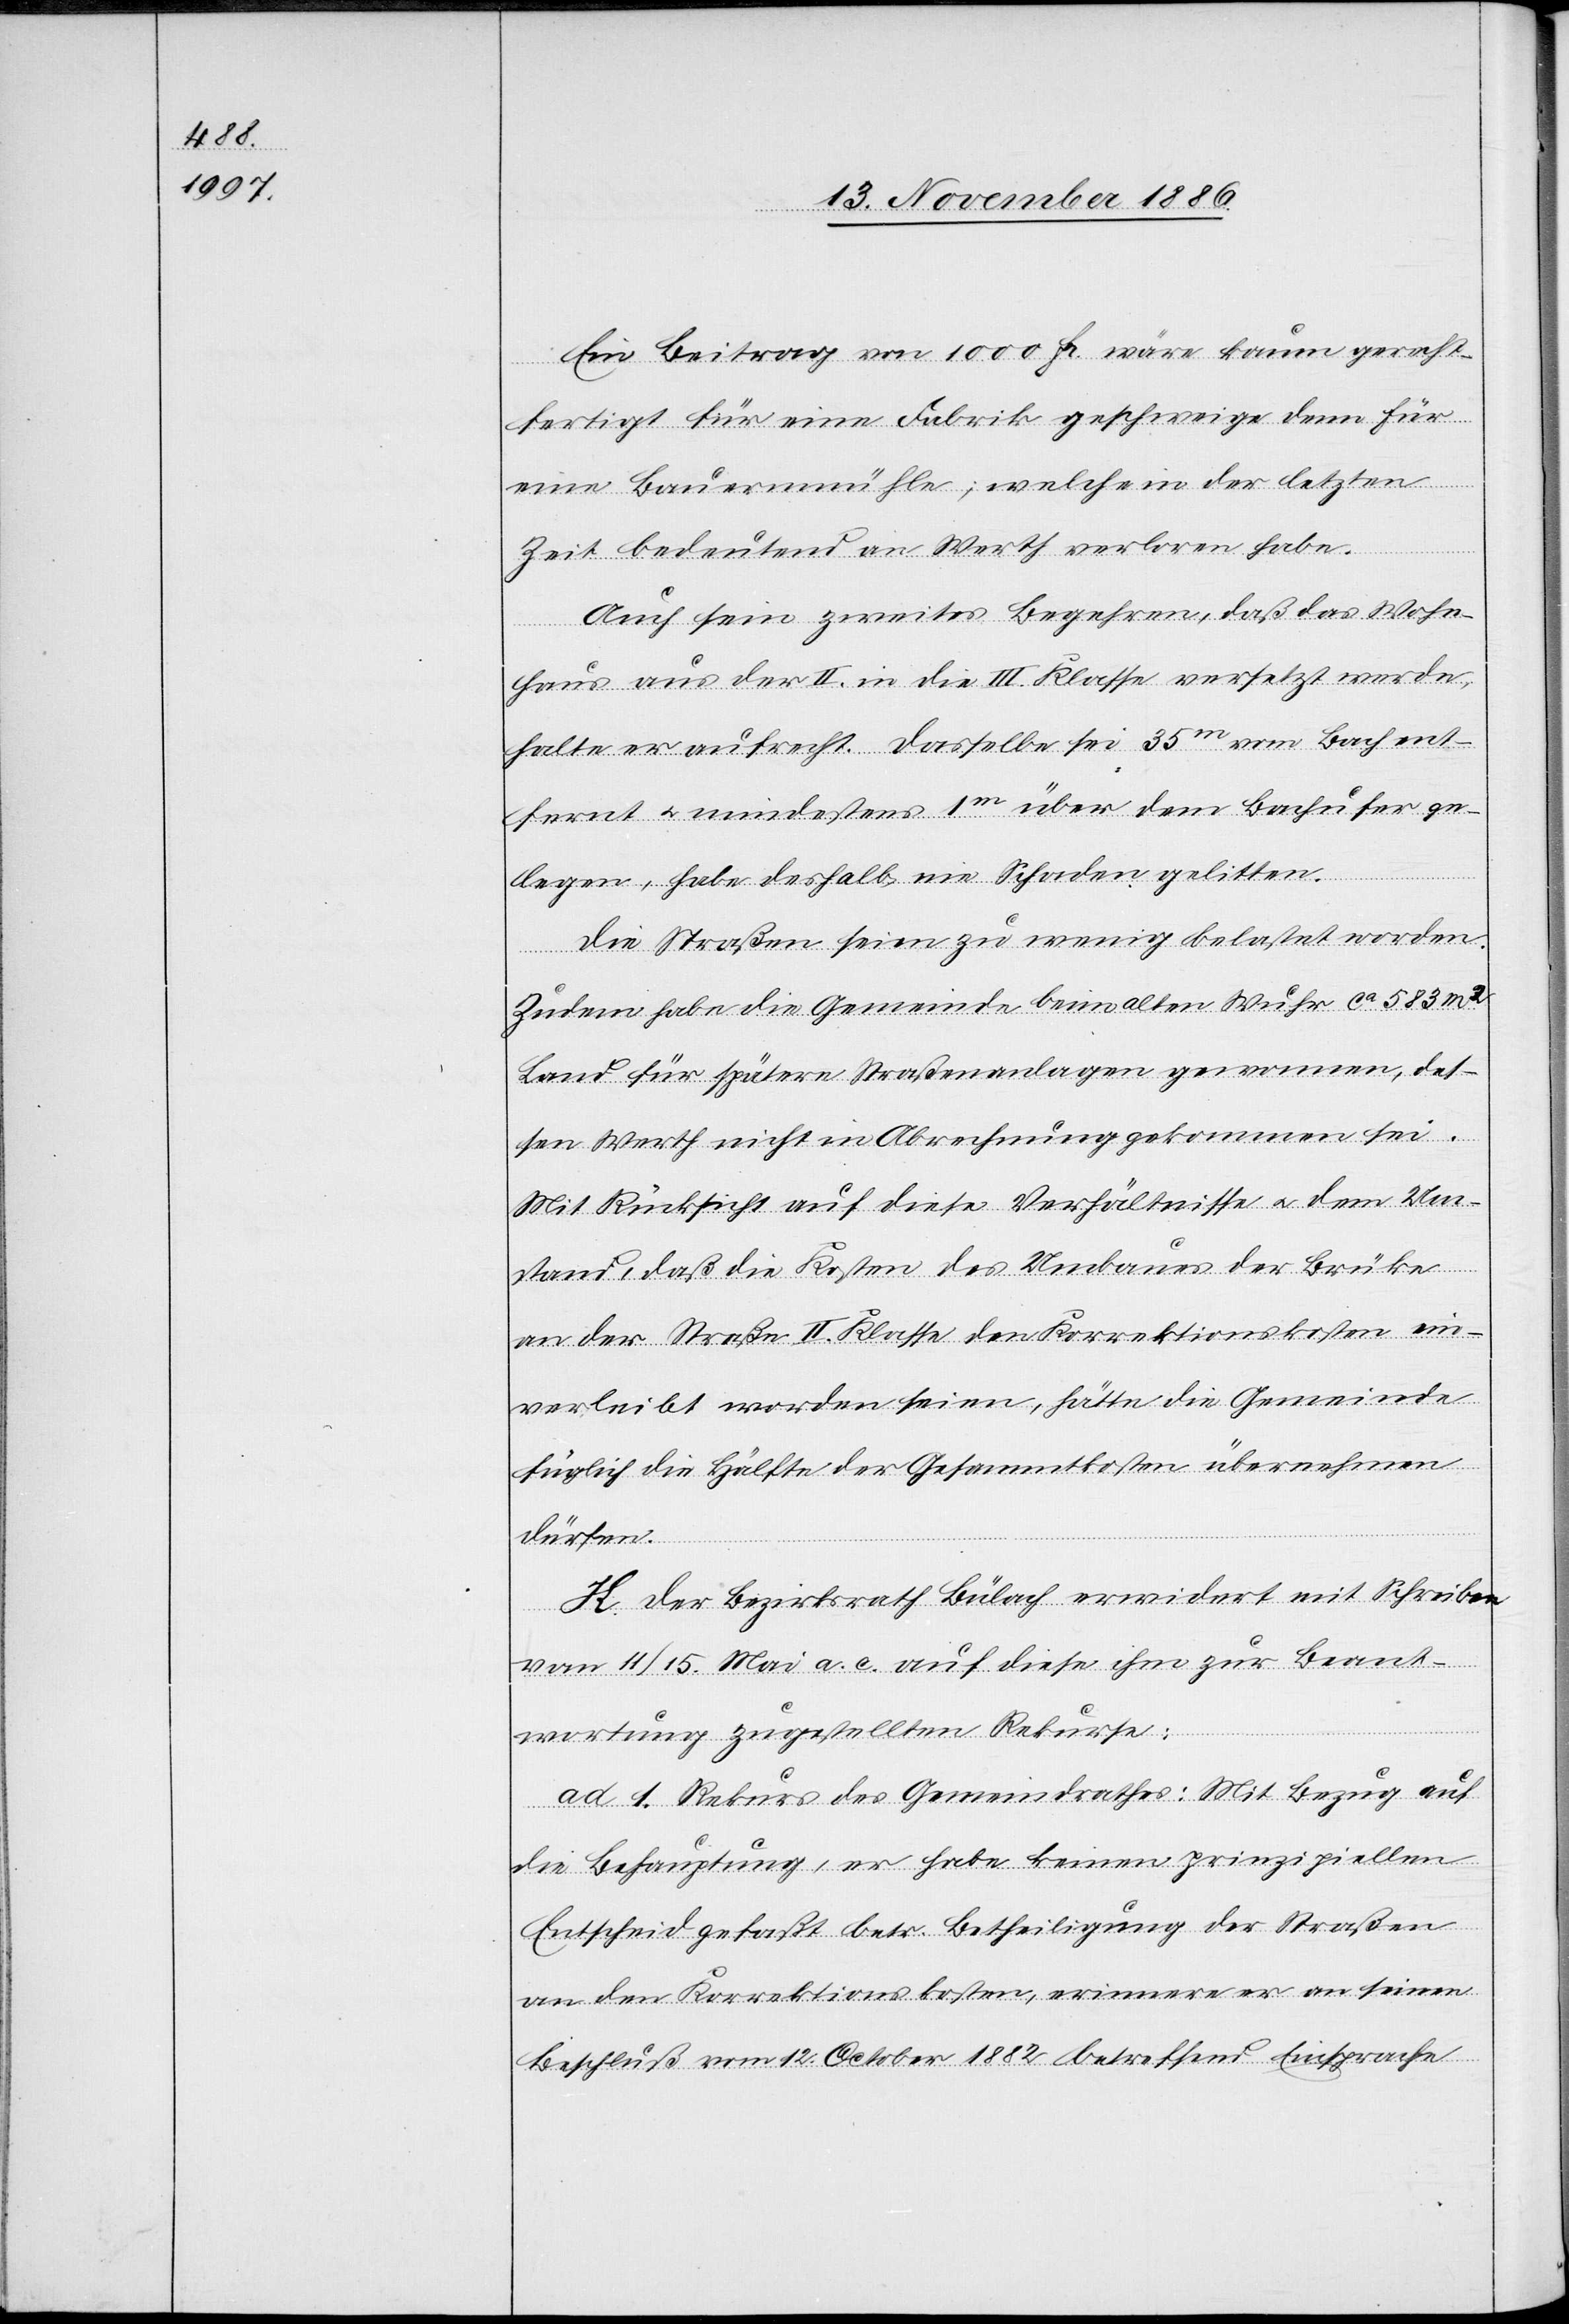
Ein Beitrag von 1000 Fr. wäre kaum gerecht¬
fertigt für eine Fabrik geschweige denn für
eine Bauernmühle; welche in der letzten
Um¬
Zeit bedeutend an Werth verloren habe.
Auch sein zweites Begehren, daß das Wohn¬
haus aus der II. in die III. Klasse versetzt werde,
halte er aufrecht. Dasselbe sei 35m vom Bach ent¬
fernt & mindestens 1m über dem Bachufer ge¬
legen, habe deshalb nie Schaden gelitten.
Die Straßen seien zu wenig belastet worden.
Zudem habe die Gemeinde beim alten Wuhr ca 583 m2
Land für spätere Straßenanlagen gewonnen, des¬
sen Werth nicht in Abrechnung gekommen sei.
Mit Rücksicht auf diese Verhältnisse & dem [si¬
stand, daß die Kosten des Umbaues der Brücke
an der Straße II. Klasse den Korrektionskosten ein¬
verleibt worden seien, hätte die Gemeinde
füglich die Hälfte der Gesammtkosten übernehmen
dürfen.
H. Der Bezirksrath Bülach erwidert mit Schreiben
vom 11./15. Mai a. c. auf diese ihm zur Beant¬
wortung zugestellten Rekurse:
ad 1. Rekurs des Gemeindrathes: Mit Bezug auf
die Behauptung, er habe keinen prinzipiellen
Entscheid gefaßt betr. Betheiligung der Straßen
an den Korrektionskosten, erinnere er an seinen
Beschluß vom 12. October 1882 betreffend Einsprache